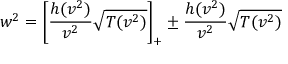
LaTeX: w ^ { 2 } = \left[ \frac { h ( v ^ { 2 } ) } { v ^ { 2 } } \sqrt { T ( v ^ { 2 } ) } \right] _ { + } \pm \frac { h ( v ^ { 2 } ) } { v ^ { 2 } } \sqrt { T ( v ^ { 2 } ) }